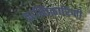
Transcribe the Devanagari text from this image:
क्रान्तिकारिणी